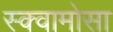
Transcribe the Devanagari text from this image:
स्क्वामोसा